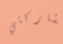
مشاركتي